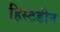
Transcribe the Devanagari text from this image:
हिस्टडीन